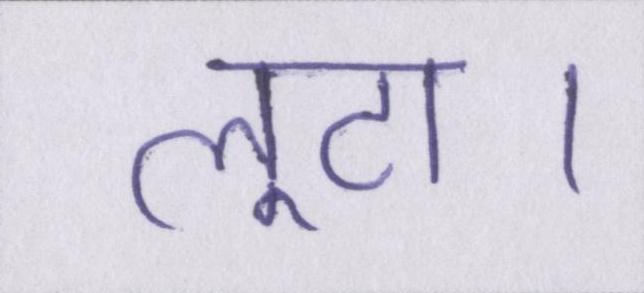
लूटा।